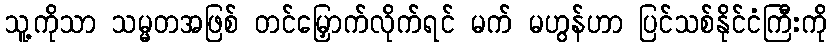
သူ့ကိုသာ သမ္မတအဖြစ် တင်မြှောက်လိုက်ရင် မက် မဟွန်ဟာ ပြင်သစ်နိုင်ငံကြီးကို